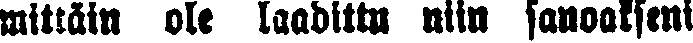
mittain ole laadittu niin sanoakseni